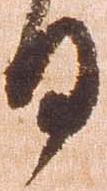
日